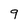
Character: 9